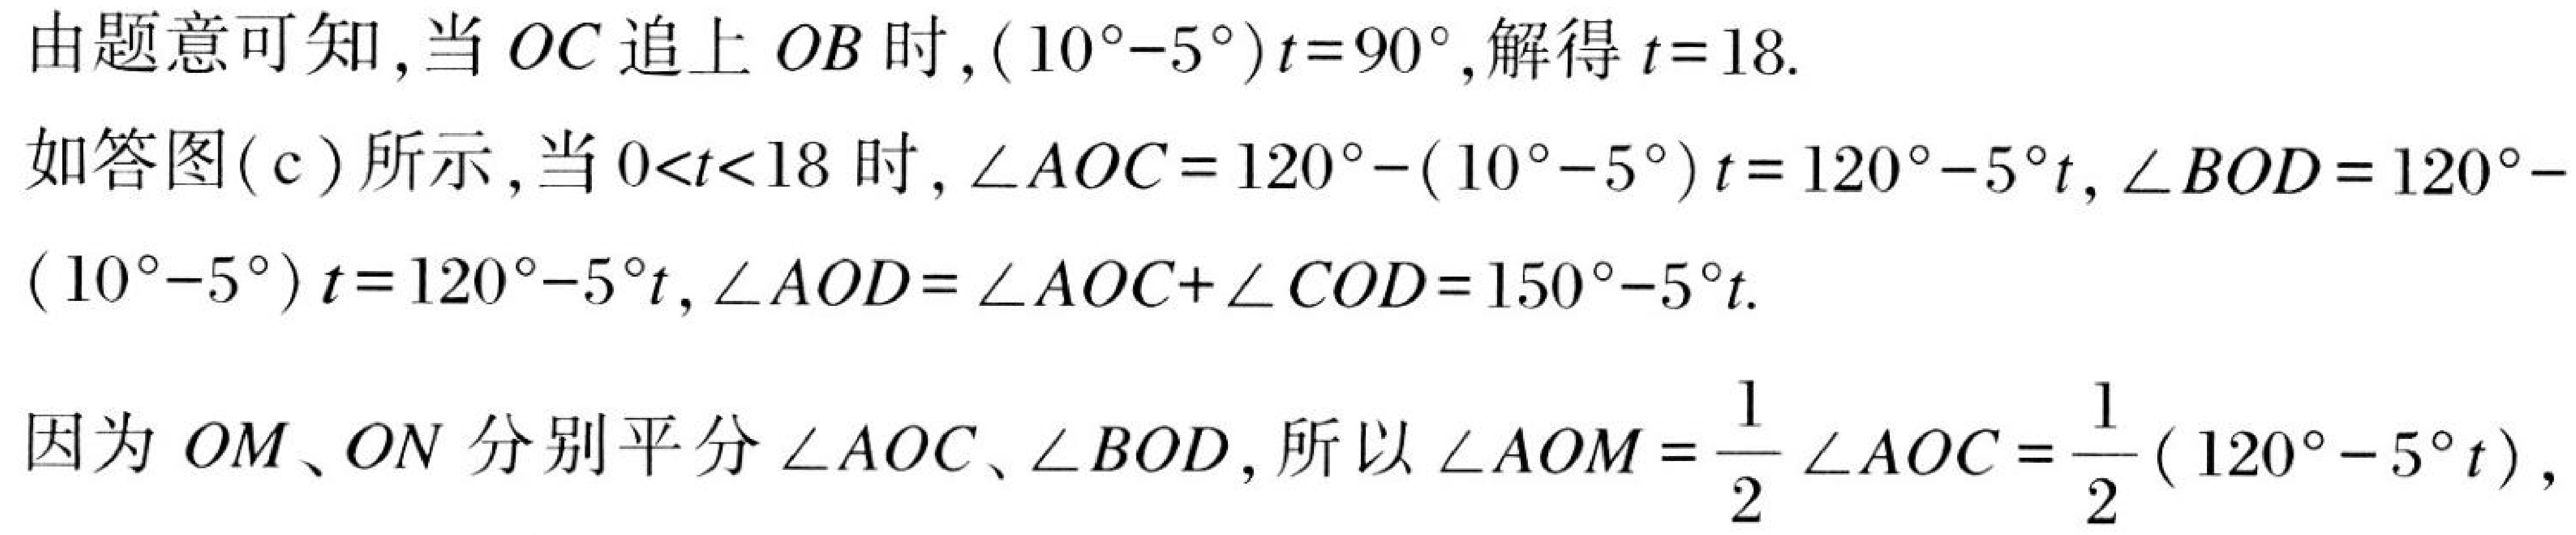
由题意可知,当 \(OC\) 追上 \(OB\) 时,\((10^{\circ}-5^{\circ})t = 90^{\circ}\),解得 \(t = 18\).
如答图( c )所示,当 \(0<t<18\) 时, \(\angle AOC=120^{\circ}-(10^{\circ}-5^{\circ})t = 120^{\circ}-5^{\circ}t\), \(\angle BOD=120^{\circ}-(10^{\circ}-5^{\circ})t = 120^{\circ}-5^{\circ}t\), \(\angle AOD=\angle AOC+\angle COD = 150^{\circ}-5^{\circ}t\).
因为 \(OM\)、\(ON\) 分别平分 \(\angle AOC\)、\(\angle BOD\),所以 \(\angle AOM=\dfrac{1}{2}\angle AOC=\dfrac{1}{2}(120^{\circ}-5^{\circ}t)\),